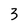
Character: 3